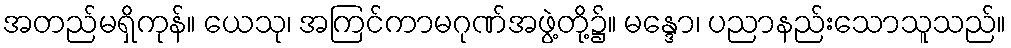
အတည်မရှိကုန်။ ယေသု၊ အကြင်ကာမဂုဏ်အဖွဲ့တို့၌။ မန္ဒော၊ ပညာနည်းသောသူသည်။